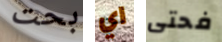
بحت اي فحتى